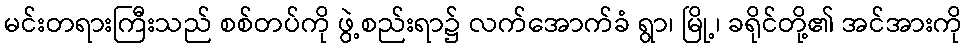
မင်းတရားကြီးသည် စစ်တပ်ကို ဖွဲ့စည်းရာ၌ လက်အောက်ခံ ရွာ၊ မြို့၊ ခရိုင်တို့၏ အင်အားကို